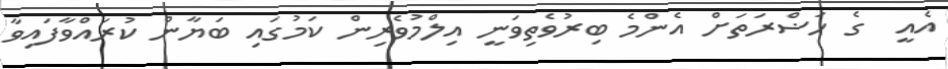
އެއީ  ގެ ހަޟްރަތަށް އެންމެ ބިރުވެތިވަނީ އިލްމުވެރިން ކަމުގައި ބަޔާން ކުރައްވާފައިވާ